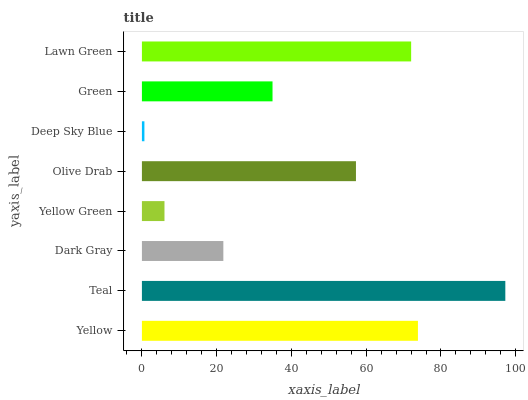
| yaxis_label | bars |
 | --- | --- |
 | Yellow | 73.8 |
 | Teal | 97.2 |
 | Dark Gray | 21.8 |
 | Yellow Green | 6.04 |
 | Olive Drab | 57.3 |
 | Deep Sky Blue | 0.67 |
 | Green | 34.9 |
 | Lawn Green | 72 |